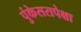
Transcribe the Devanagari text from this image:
पुंकेसरापेक्षा